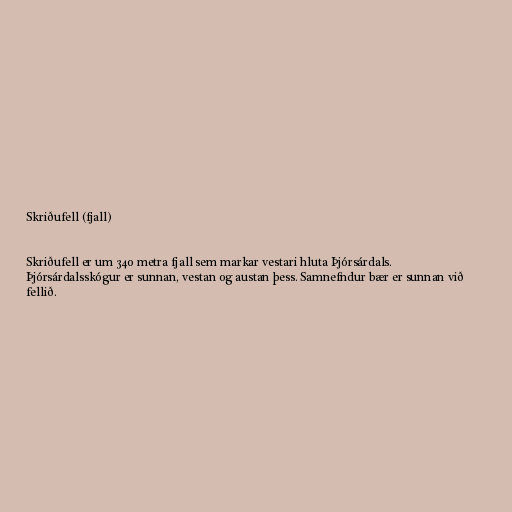
Skriðufell (fjall)

Skriðufell er um 340 metra fjall sem markar vestari hluta Þjórsárdals.
Þjórsárdalsskógur er sunnan, vestan og austan þess. Samnefndur bær er sunnan við
fellið.